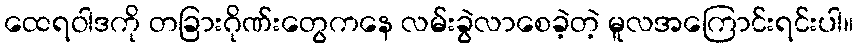
ထေရဝါဒကို တခြားဂိုဏ်းတွေကနေ လမ်းခွဲလာစေခဲ့တဲ့ မူလအကြောင်းရင်းပါ။